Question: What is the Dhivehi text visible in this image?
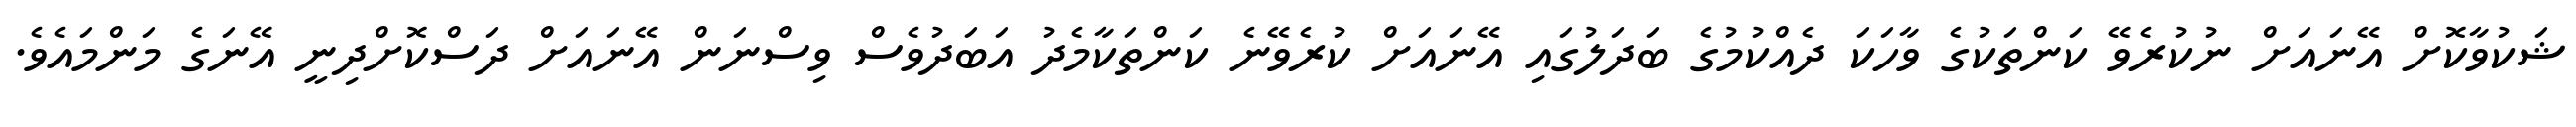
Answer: ޝަކުވާކޮށް އޭނައަށް ނުކުރެވޭ ކަންތަކުގެ ވާހަކަ ދެއްކުމުގެ ބަދަލުގައި އޭނައަށް ކުރެވޭނެ ކަންތަކާމެދު އަބަދުވެސް ވިސްނަން އޭނައަށް ދަސްކޮށްދިނީ އޭނަގެ މަންމައެވެ.